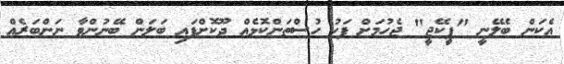
އެކަން ބެލޭނީ "ޕީކޭޖީ" ޖެހުމަށް ފަހު ހުސްތަންކޮޅެއް ދޫކޮށްފައި ބަލަން ބޭނުންވާ ނަންބަރެއް